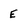
Character: E